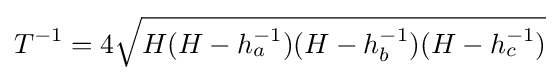
T^{-1}=4{\sqrt {H(H-h_{a}^{-1})(H-h_{b}^{-1})(H-h_{c}^{-1})}}